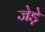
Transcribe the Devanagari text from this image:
जेड़े